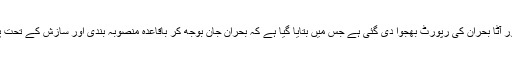
نجی ٹی وی چینل کے مطابق زیراعظم عمران خان کو سنسنی خیز انکشافات سے بھرپور آٹا بحران کی رپورٹ بھجوا دی گئی ہے جس میں بتایا گیا ہے کہ بحران جان بوجھ کر باقاعدہ منصوبہ بندی اور سازش کے تحت پیدا کیا گیا اور بحران پیدا کرنے میں سیاسی شخصیات اور بیوروکریٹس بھی ملوث ہیں۔